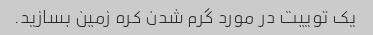
یک توییت در مورد گرم شدن کره زمین بسازید.